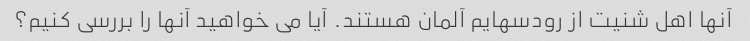
آنها اهل شنیت از رودسهایم آلمان هستند. آیا می خواهید آنها را بررسی کنیم؟